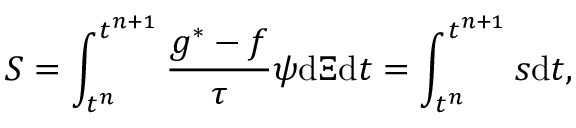
\boldsymbol { S } = \int _ { t ^ { n } } ^ { t ^ { n + 1 } } \frac { g ^ { * } - f } { \tau } \boldsymbol { \psi } \mathrm { { d } } \boldsymbol { \Xi } \mathrm { { d } } t = \int _ { t ^ { n } } ^ { t ^ { n + 1 } } \boldsymbol { s } \mathrm { { d } } t ,